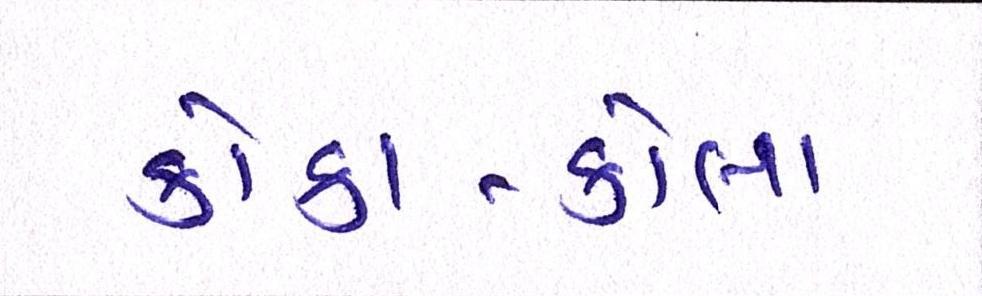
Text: કોકા-કોલા